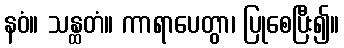
နဝံ။ သန္ထတံ။ ကာရာပေတွာ၊ ပြုစေပြီး၍။